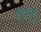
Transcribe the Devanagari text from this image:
तानू